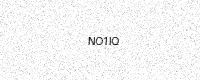
Text: NO1IQ